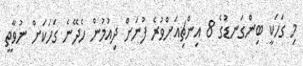
މި ގަހަކީ ބިންގަނޑުގެ 8 އިންޗިއަށްވުރެ ފުނަށް ދިއުމުން ހެދޭނެ ގަހަކަށް ނުވާތީ